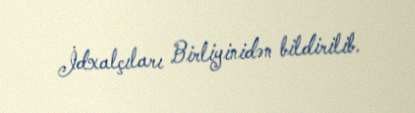
İdxalçıları Birliyinidən bildirilib.